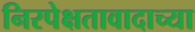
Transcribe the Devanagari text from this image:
निरपेक्षतावादाच्या